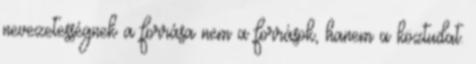
nevezetességnek a forrása nem a források, hanem a köztudat.